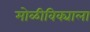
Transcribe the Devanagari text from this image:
मोळीविक्याला